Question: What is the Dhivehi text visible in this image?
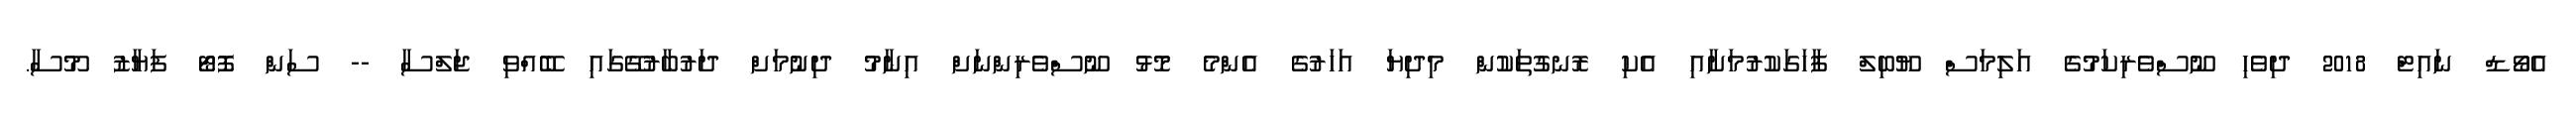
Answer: އެވޯޑް ނައިޓް 2018 ދިވެހި ނޫސްވެރިކަމުގެ އަލިމަސް ޔޫބިލް ފާހަގަކުރުމަށާއި އެކި ރޮނގުތަކުން މިދިޔަ އަހަރުގެ އެންމެ މޮޅު ނޫސްވެރިންނަށް އިނާމު ދިނުމަށް ދަރުބާރުގޭގައި ބޭއްވި ޖަލްސާ -- ސަން ފޮޓޯ ފަޔާޒު މޫސާ.